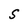
Character: S